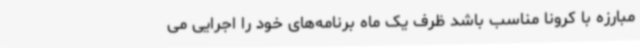
مبارزه با کرونا مناسب باشد ظرف یک ماه برنامه‌های خود را اجرایی می